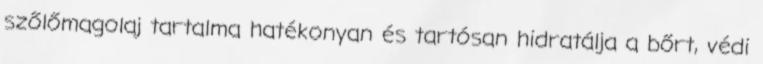
szőlőmagolaj tartalma hatékonyan és tartósan hidratálja a bőrt, védi